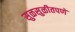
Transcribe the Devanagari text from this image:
सुळसुळीतपणे